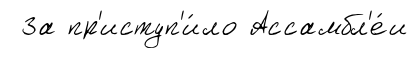
За пр'иступ'и́ло Ассамбл'е́и